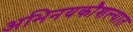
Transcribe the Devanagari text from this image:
अभिनयकौशल्यात